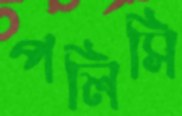
পলিসি